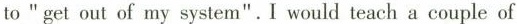
to "get out of my system". I would teach a couple of